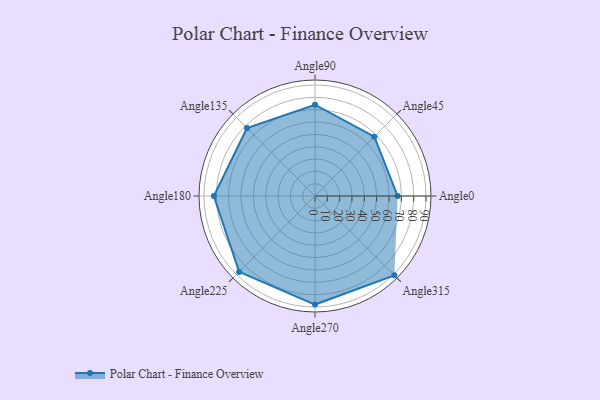
{"axis": {"x": "Angle", "y": "Radius"}, "legend": [""], "data": [{"x": "Angle0", "y": 67.0, "type": ""}, {"x": "Angle45", "y": 68.0, "type": ""}, {"x": "Angle90", "y": 74.0, "type": ""}, {"x": "Angle135", "y": 78.0, "type": ""}, {"x": "Angle180", "y": 82.0, "type": ""}, {"x": "Angle225", "y": 87.0, "type": ""}, {"x": "Angle270", "y": 88.0, "type": ""}, {"x": "Angle315", "y": 91.0, "type": ""}]}